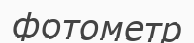
фотометр